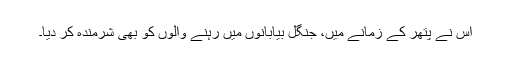
اس نے پتھر کے زمانے میں، جنگل بیابانوں میں رہنے والوں کو بھی شرمندہ کر دیا۔